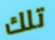
تلك